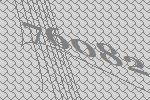
76082